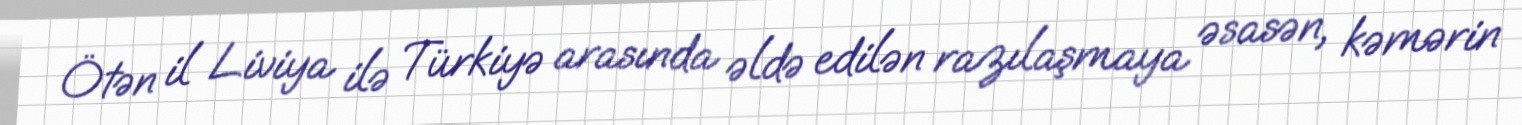
Ötən il Liviya ilə Türkiyə arasında əldə edilən razılaşmaya əsasən, kəmərin